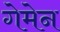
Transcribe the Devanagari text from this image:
गेमेन